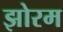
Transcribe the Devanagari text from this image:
झोरम